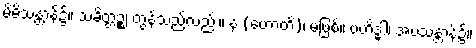
မိမိသန္တာန်၌။ သံခိတ္တဉ္စ၊ တွန့်သည်လည်း။ န (ဟောတိ)၊ မဖြစ်။ ဗဟိဒ္ဓါ၊ အပသန္တာန်၌။